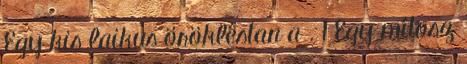
Egy kis laikus örökléstan a . 1 Egy mítosz